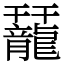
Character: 䶬